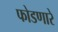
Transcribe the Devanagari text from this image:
फोडणारे